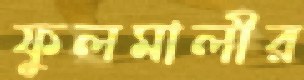
ফুলমালীর